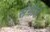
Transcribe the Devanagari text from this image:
संगीत